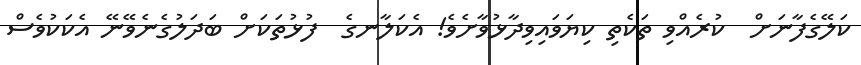
ކަލޭގެފާނަށް  ކުރެއްވި ތަކެތި ކިޔަވައިވިދާޅުވާށެވެ! އެކަލާނގެ  ފުޅުތަކަށް ބަދަލުގެނެވޭނޭ އެކަކުވެސް